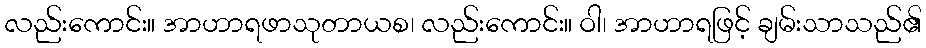
လည်းကောင်း။ အာဟာရဖာသုတာယစ၊ လည်းကောင်း။ ဝါ၊ အာဟာရဖြင့် ချမ်းသာသည်၏